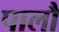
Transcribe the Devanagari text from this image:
पालौ